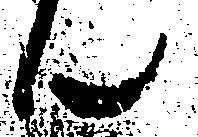
ん